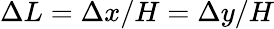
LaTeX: \Delta L=\Delta x/H=\Delta y/H